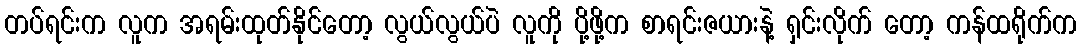
တပ်ရင်းက လူက အရမ်းထုတ်နိုင်တော့ လွယ်လွယ်ပဲ လူကို ပို့ဖို့က စာရင်းဇယားနဲ့ ရှင်းလိုက် တော့ ကန်ထရိုက်က